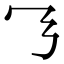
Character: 𬼄